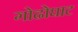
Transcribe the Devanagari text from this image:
गोढोघाट